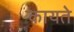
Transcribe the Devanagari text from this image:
कायते